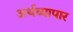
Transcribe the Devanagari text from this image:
अर्थव्यापार